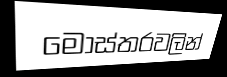
මෝස්තරවලින්